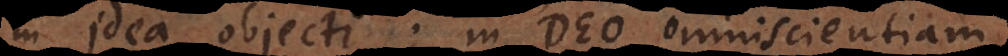
in idea objecti; in Deo omniscientiam,